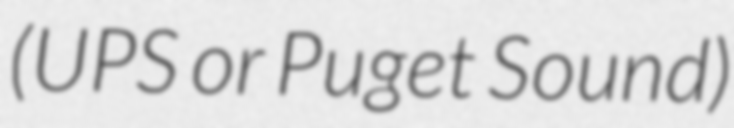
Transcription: (UPS or Puget Sound)